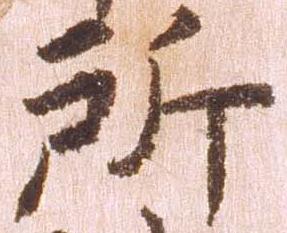
所